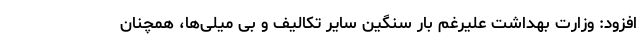
افزود: وزارت بهداشت علیرغم بار سنگین سایر تکالیف و بی میلی‌ها، همچنان